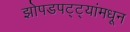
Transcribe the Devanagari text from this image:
झोपडपट्ट्यांमधून